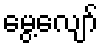
မွေ့လျော်